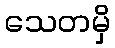
သေတမှိ